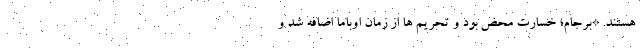
هستند. *برجام؛ خسارت محض بود و تحریم ها از زمان اوباما اضافه شد و